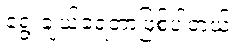
ရွေးချယ်ခဲ့ရတာဖြစ်ပါတယ်။